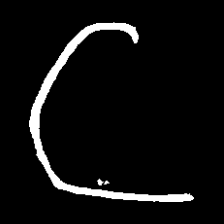
Pyu character \u2014 Myanmar letter: ဋ (romanized: tta)